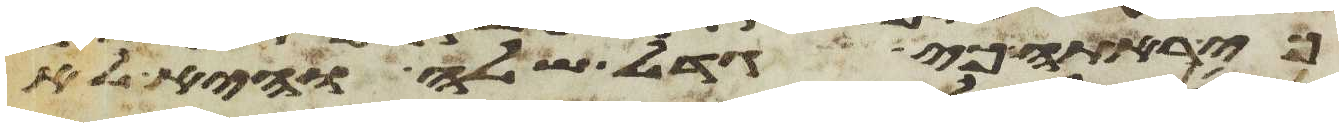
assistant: כי ראתה כי גדל שלה והיא לא